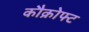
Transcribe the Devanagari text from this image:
कौक्रोफ्ट